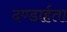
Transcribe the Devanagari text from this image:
दण्डार्हता